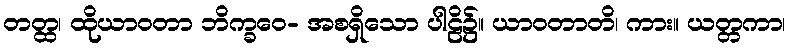
တတ္ထ၊ ထိုယာဝတာ ဘိက္ခဝေ- အစရှိသော ပါဠိ၌။ ယာဝတာတိ၊ ကား။ ယတ္တကာ၊